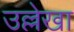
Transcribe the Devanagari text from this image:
उल्लेखा